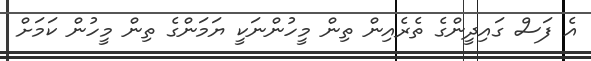
އެ ފަސް ގައިދީންގެ ތެރެއިން ތިން މީހުންނަކީ ޔަމަންގެ ތިން މީހުން ކަމަށް